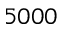
5 0 0 0